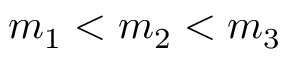
m _ { 1 } < m _ { 2 } < m _ { 3 }